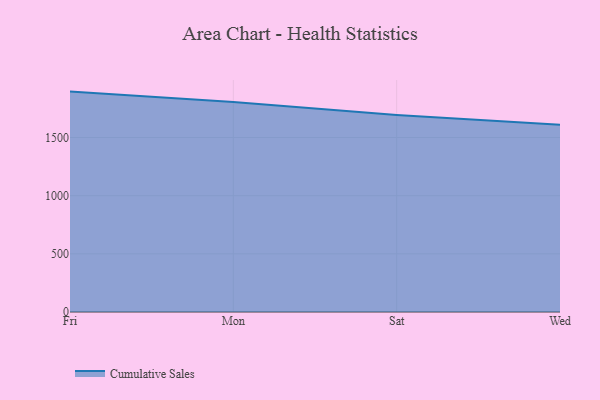
{"axis": {"x": "Day", "y": "Budget (USD K)"}, "legend": ["Cumulative Sales"], "data": [{"x": "Fri", "y": 1894.7, "type": "Cumulative Sales"}, {"x": "Mon", "y": 1806.3, "type": "Cumulative Sales"}, {"x": "Sat", "y": 1694.0, "type": "Cumulative Sales"}, {"x": "Wed", "y": 1610.3, "type": "Cumulative Sales"}]}